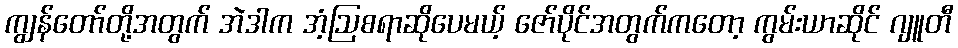
ကျွန်တော်တို့အတွက် အဲဒါက အံ့ဩစရာဆိုပေမယ့် ဇော်ပိုင်အတွက်ကတော့ ကွမ်းယာဆိုင် ဂျူတီ